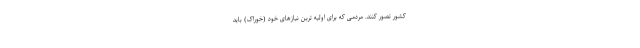
کشور تصور کنند. مردمی که برای اولیه ترین نیازهای خود (خوراک) باید